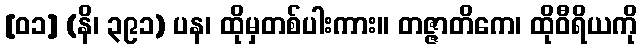
[၀၁] (နိ၊ ၃၉၁) ပန၊ ထိုမှတစ်ပါးကား။ တဇ္ဇာတိကေ၊ ထိုဝီရိယကို